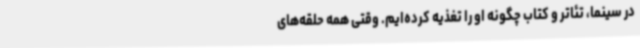
در سینما، تئاتر و کتاب چگونه او را تغذیه کرده‌ایم. وقتی همه حلقه‌های